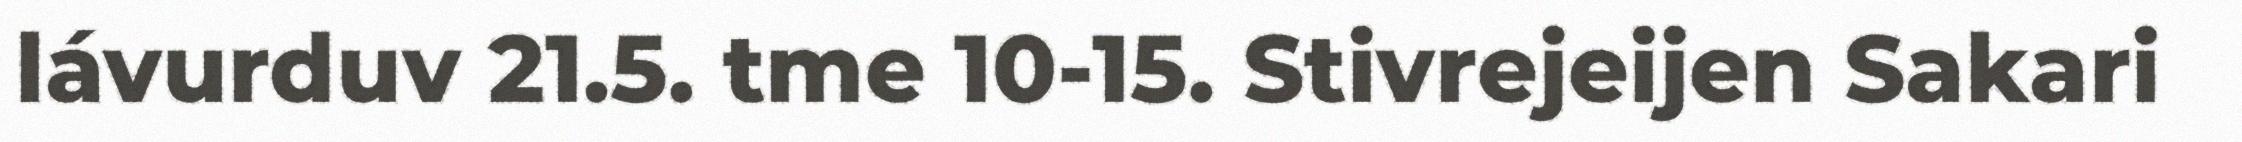
lávurduv 21.5. tme 10-15. Stivrejeijen Sakari